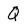
Character: Q